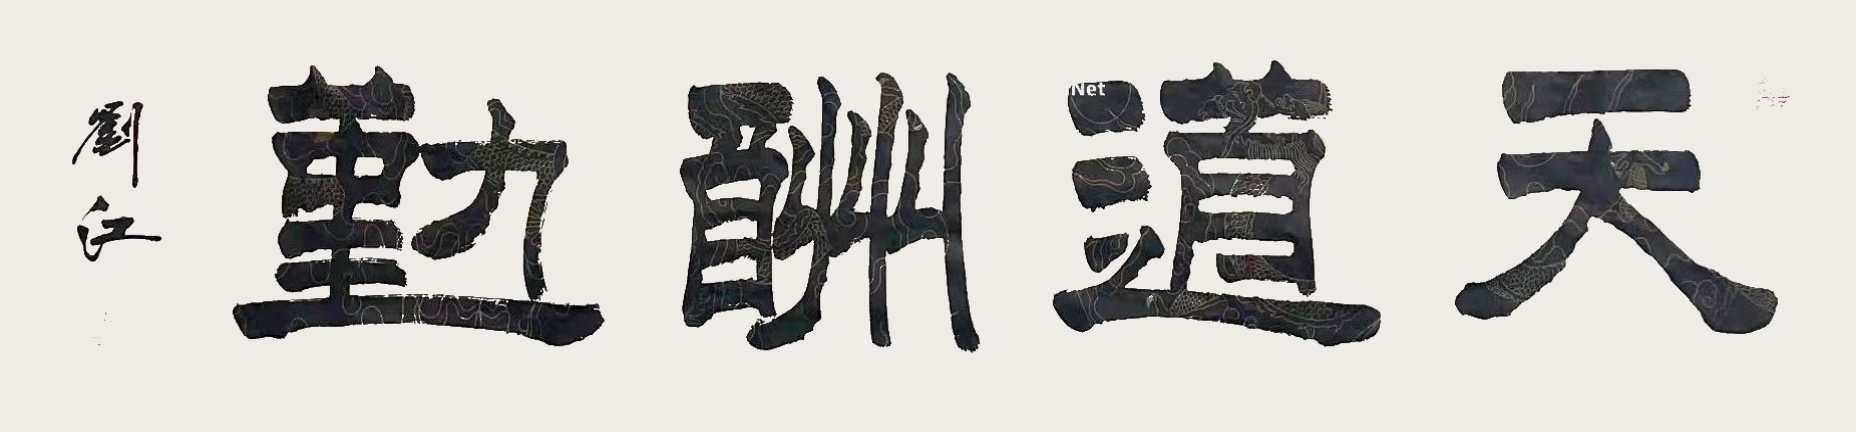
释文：天道酬勤刘江